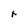
Character: r